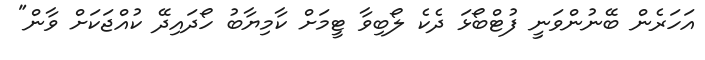
އަހަރެން ބޭނުންވަނީ ފުޓްބޯޅަ ދެކެ ލޯބިވާ ޓީމަށް ކާމިޔާބު ހޯދައިދޭ ކުއްޖަކަށް ވާން"